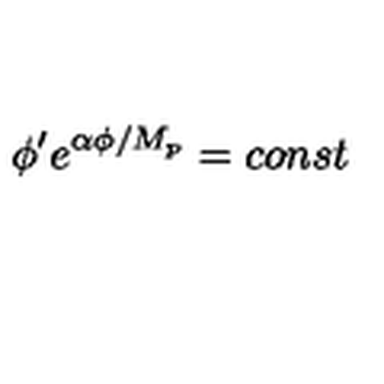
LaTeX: \phi ^ { \prime } e ^ { \alpha \phi / M _ { p } } = c o n s t